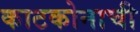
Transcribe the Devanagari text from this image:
काटकोनाची